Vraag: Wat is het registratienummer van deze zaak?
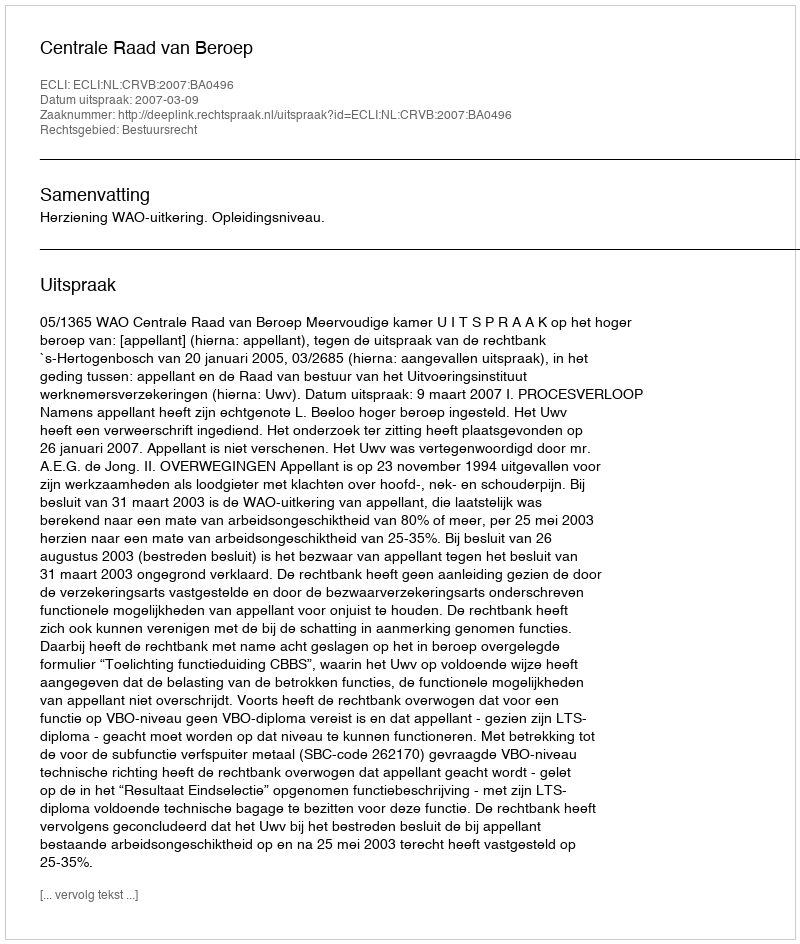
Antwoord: http://deeplink.rechtspraak.nl/uitspraak?id=ECLI:NL:CRVB:2007:BA0496